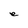
Character: e